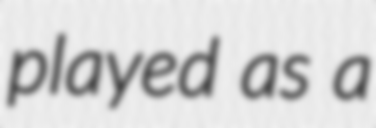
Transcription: played as a